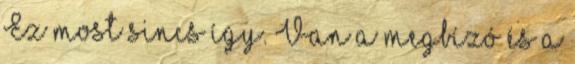
Ez most sincs így. Van a megbízó és a